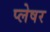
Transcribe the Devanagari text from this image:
प्लेषर